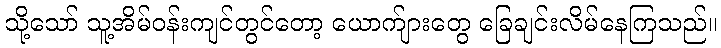
သို့သော် သူ့အိမ်ဝန်းကျင်တွင်တော့ ယောက်ျားတွေ ခြေချင်းလိမ်နေကြသည်။